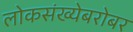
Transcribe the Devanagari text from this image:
लोकसंख्येबरोबर